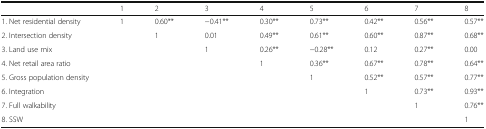
<table><thead><tr><td></td><td><b>1</b></td><td><b>2</b></td><td><b>3</b></td><td><b>4</b></td><td><b>5</b></td><td><b>6</b></td><td><b>7</b></td><td><b>8</b></td></tr></thead><tbody><tr><td>1. Net residential density</td><td>1</td><td>0.60**</td><td>−0.41**</td><td>0.30**</td><td>0.73**</td><td>0.42**</td><td>0.56**</td><td>0.57**</td></tr><tr><td>2. Intersection density</td><td></td><td>1</td><td>0.01</td><td>0.49**</td><td>0.61**</td><td>0.60**</td><td>0.87**</td><td>0.68**</td></tr><tr><td>3. Land use mix</td><td></td><td></td><td>1</td><td>0.26**</td><td>−0.28**</td><td>0.12</td><td>0.27**</td><td>0.00</td></tr><tr><td>4. Net retail area ratio</td><td></td><td></td><td></td><td>1</td><td>0.36**</td><td>0.67**</td><td>0.78**</td><td>0.64**</td></tr><tr><td>5. Gross population density</td><td></td><td></td><td></td><td></td><td>1</td><td>0.52**</td><td>0.57**</td><td>0.77**</td></tr><tr><td>6. Integration</td><td></td><td></td><td></td><td></td><td></td><td>1</td><td>0.73**</td><td>0.93**</td></tr><tr><td>7. Full walkability</td><td></td><td></td><td></td><td></td><td></td><td></td><td>1</td><td>0.76**</td></tr><tr><td>8. SSW</td><td></td><td></td><td></td><td></td><td></td><td></td><td></td><td>1</td></tr></tbody></table>